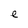
Character: e